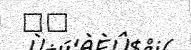
٢٧